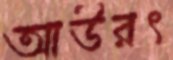
আউরৎ